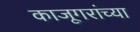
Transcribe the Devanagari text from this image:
काजूगरांच्या